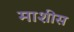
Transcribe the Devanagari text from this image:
माशीस